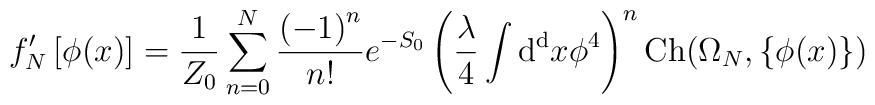
f_N' \left[ \phi (x) \right]=  {1 \over Z_0} \sum_{n=0}^{N}  {\left( -1 \right)^n \over n!}   e^{- S_0  }\left( {\lambda \over 4}   \int   {\rm d^d} x \phi^4   \right)^n  {\rm Ch} (\Omega_N, \left\{ \phi (x) \right\})